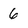
Character: 6